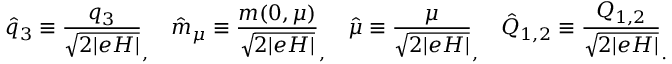
\hat { q } _ { 3 } \equiv \frac { q _ { 3 } } { \sqrt { 2 \vert e H \vert } } _ { , } ~ ~ ~ \hat { m } _ { \mu } \equiv \frac { m ( 0 , \mu ) } { \sqrt { 2 \vert e H \vert } } _ { , } ~ ~ ~ \hat { \mu } \equiv \frac { \mu } { \sqrt { 2 \vert e H \vert } } _ { , } ~ ~ ~ \hat { Q } _ { 1 , 2 } \equiv \frac { Q _ { 1 , 2 } } { \sqrt { 2 \vert e H \vert } } _ { . }